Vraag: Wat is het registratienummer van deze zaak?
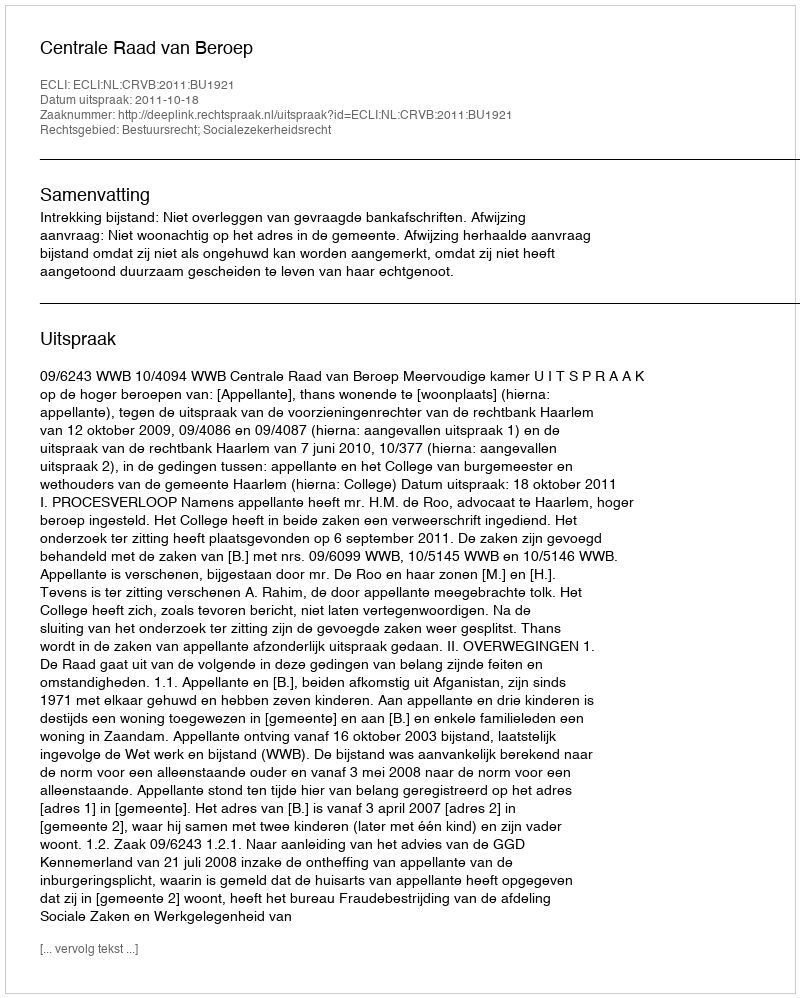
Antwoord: http://deeplink.rechtspraak.nl/uitspraak?id=ECLI:NL:CRVB:2011:BU1921